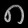
Digit: ၈